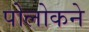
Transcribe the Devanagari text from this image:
पोलोकने